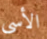
الأسى